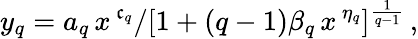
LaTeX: y_{q}=a_{q}\, x^{\, \mathfrak{c}_{q}}/[1+(q-1)\beta_{q}\, x^{\, \eta_{q}}]^{\frac{{1}}{{q-1}}}\, ,